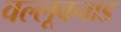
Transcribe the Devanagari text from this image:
वल्लूवनाड